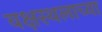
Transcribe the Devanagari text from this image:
वक्षस्थलाच्या